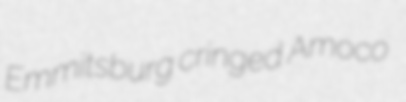
Emmitsburg cringed Amoco